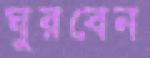
ঘুরবেন